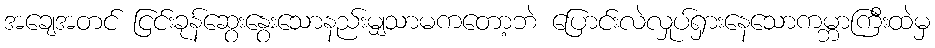
အချေအတင် ငြင်းခုန်ဆွေးနွေးသောနည်းမျှသာမကတော့ဘဲ ပြောင်းလဲလှုပ်ရှားနေသောကမ္ဘာကြီးထဲမှ